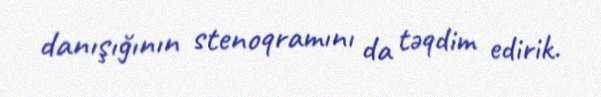
danışığının stenoqramını da təqdim edirik.